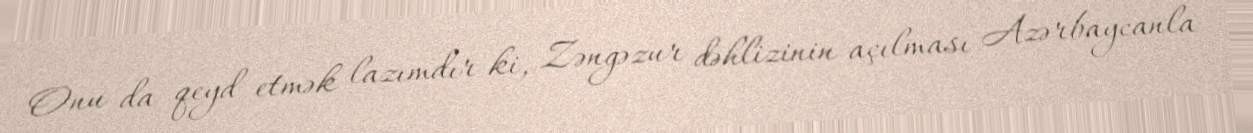
Onu da qeyd etmək lazımdır ki, Zəngəzur dəhlizinin açılması Azərbaycanla